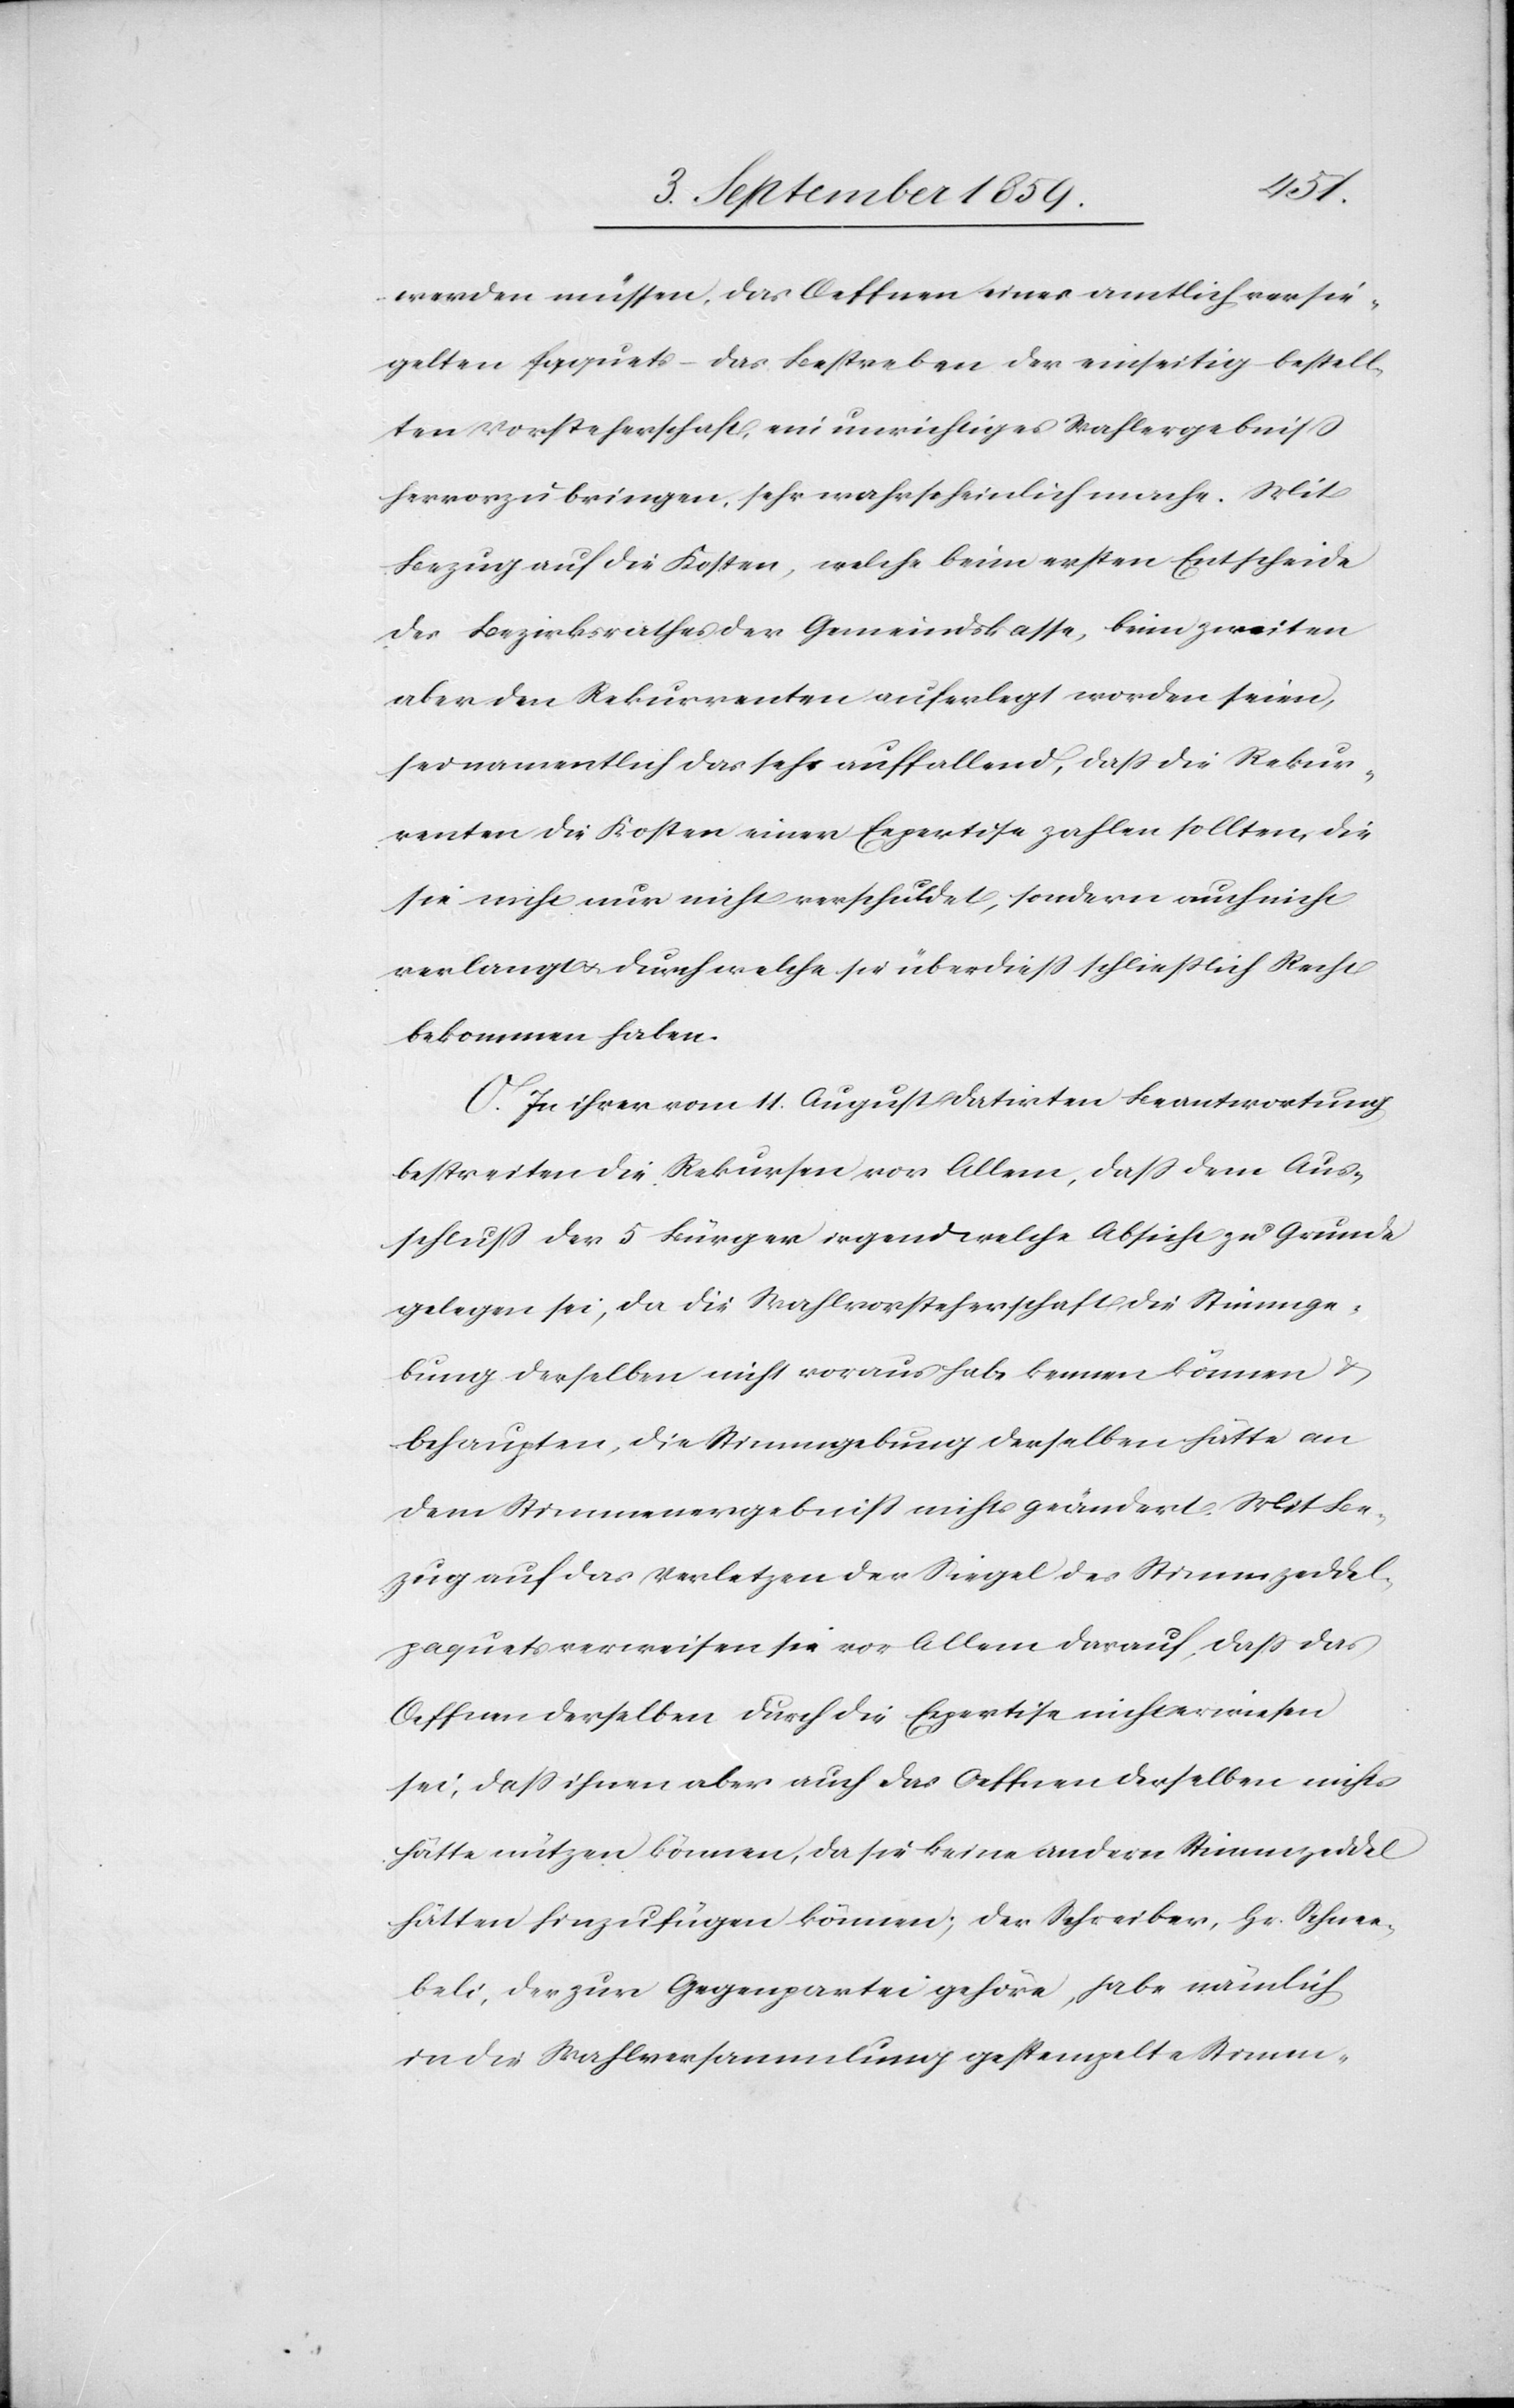
werden müssen, das Oeffnen eines amtlich versie¬
gelten Paquets – das Bestreben der einseitig bestell¬
ten Vorsteherschaft, ein unrichtiges Wahlergebniß
hervorzubringen, sehr wahrscheinlich mache. Mit
Bezug auf die Kosten, welche beim ersten Entscheide
des Bezirksrathes der Gemeindskasse, beim zweiten
aber den Rekurrenten auferlegt worden seien,
sei namentlich das sehr auffallend, daß die Rekur¬
renten die Kosten einer Expertise zahlen sollten, die
sie nicht nur nicht verschuldet, sondern auch nicht
verlangt & durch welche sie überdieß schließlich Recht
bekommen haben.
O. In ihrer vom 11. August datirten Beantwortung
bestreiten die Rekursen vor Allem, daß dem Aus¬
schluß der 5 Bürger irgend welche Absicht zu Grunde
gelegen sei, da die Wahlvorsteherschaft die Stimmge¬
bung derselben nicht voraus habe kennen können &
behaupten, die Stimmgebung derselben hätte an
dem Stimmenergebniß nichts geändert. Mit Be¬
zug auf das Verletzen der Siegel des Stimmzeddel¬
paquets verweisen sie vor Allem darauf, daß das
Oeffnen derselben durch die Expertise nicht erwiesen
sei, daß ihnen aber auch das Oeffnen derselben nichts
hätte nützen können, da sie keine andere Stimmzeddel
hätten hinzufügen können; der Schreiber, Hr. Schnee¬
beli, der zur Gegenpartei gehöre, habe nämlich
in die Wahlversammlung gestempelte Stimmen-